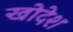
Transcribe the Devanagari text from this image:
खोदेश